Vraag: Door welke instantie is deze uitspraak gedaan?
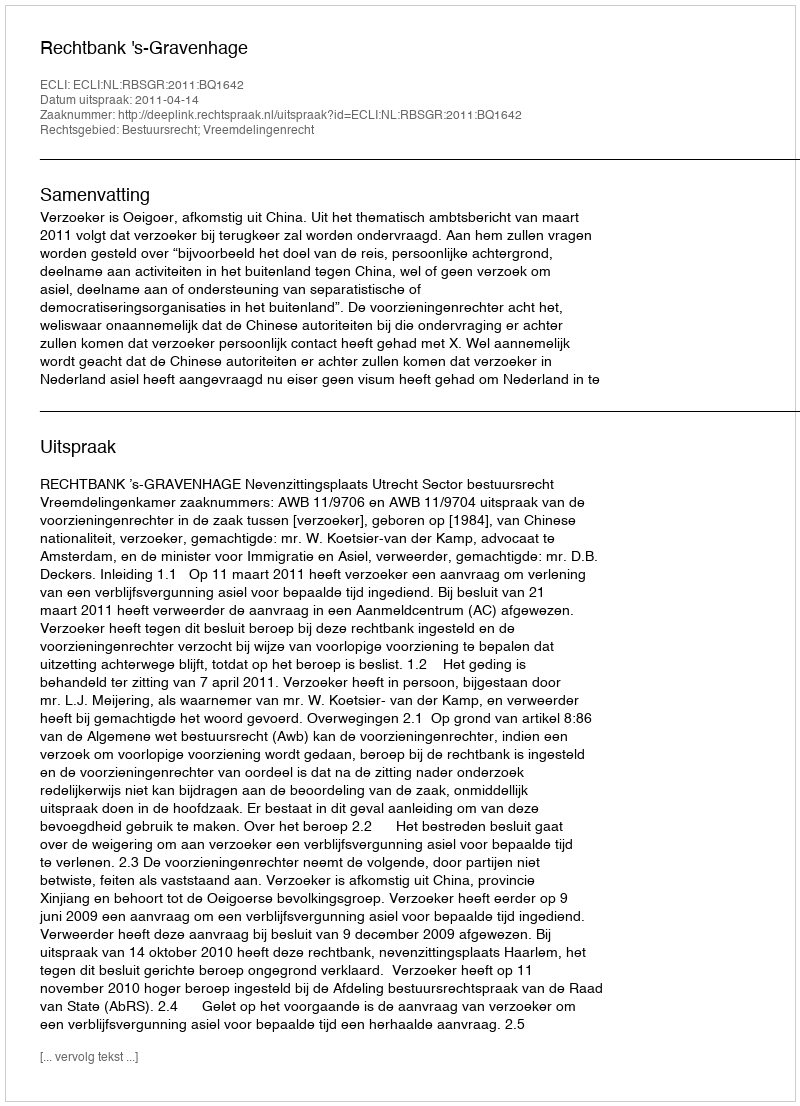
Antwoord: Rechtbank 's-Gravenhage